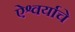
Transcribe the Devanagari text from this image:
ऐश्वर्याचे